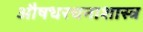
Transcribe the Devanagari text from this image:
औषधरचनाशास्त्र